Calcutta medical institutions reports 1892-1900
Year: 1892
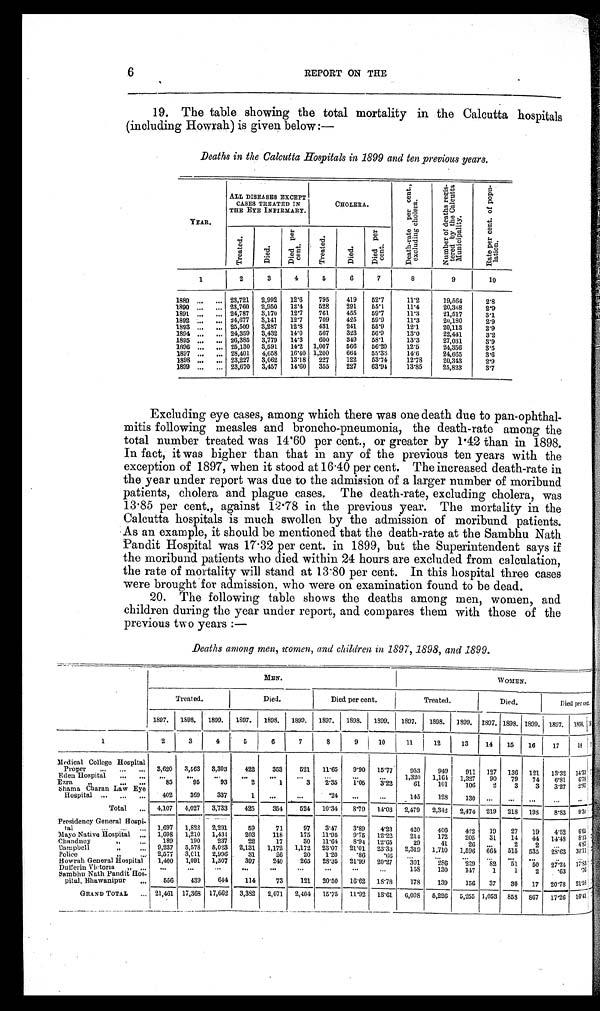
6
REPORT ON THE
19. The table showing the total mortality in the Calcutta hospitals
(including Howrah) is given below :—
Deaths in the Calcutta Hospitals in 1899 and ten previous years.
YEAR.
ALL DISEASES EXCEPT
CASES TREATED IN
THE EYE INFIRMARY.
CHOLERA.
D e a t h - r a t e p e r c e n t . , e x c l u d i n g c h o l e r a .
N u m b e r o f d e a t h s r e g i s t e r e d b y t h e C a l c u t t a M u n i c i p p a l i t y .
R a t e p e r c e n t . o f p o p u l a t i o n .
Tr eat ed.
Died.
D i e d p e r c e n t .
Treat ed.
Died.
Di e d p e r c e n t .
1
2
3
4
5
6
7
8
9
10
1889
. . .
. . . 23,721
2,992
12.6
795
419
5 2 . 7
11.2
19,564
2.8
1890
. . .
. . . 23,760 2,950
12.4
528
291
55.1
11.4
20,368
2.9
1891 ... ... 24,787
3,170
12.7
761
455
59.7
11.3
21,517
3.1
1892 ...
... 24,677 3,141
12.7
709
425
59.9
11.3
20,180
2.9
1893 ...
... 25,509 3,287
12.8
431
241
55.9
12.1
20,113
2.9
1894 ...
... 24,359 3,432
14.0
567
323
56.9
13.0
22,441
3.2
1895 ...
... 26,385 3,779
14.3
600
349
58.1
13.3
27,031
3.9
1896 ...
... 25,130 3,591
14.2 1,007
566
56.20
12.5
24,356
3.5
1897
. . . ... 28,401
4,658
16.40 1,200
664
55.33
14.6
24,665
3.6
1898 ...
... 23,227
3,062
13.18
227
122
53.74
12.78
20,343
2.9
1899 ...
. . . 23,670 3,457
14.60
355
227
63.94
13.85
25,823
3.7
Excluding eye cases, among which there was one death due to pan-ophthal-
mitis following measles and broncho-pneumonia, the death-rate among the
total number treated was 14.60 per cent., or greater by P42 than in 1898.
In fact, it was higher than that in any of the previous ten years with the
exception of 1897, when it stood at 16.40 per cent. The increased death-rate in
the year under report was due to the admission of a larger number of moribund
patients, cholera and plague cases. The death-rate, excluding cholera, was
13.85 per cent., against 12.78 in the previous year. The mortality in the
Calcutta hospitals is much swollen by the admission of moribund patients.
As an example, it should be mentioned that the death-rate at the Sambhu Nath
Pandit Hospital was 17.32 per cent. in 1899, but the Superintendent says if
the moribund patients who died within 24 hours are excluded from calculation,
the rate of mortality will stand at 13.80 per cent. In this hospital three cases
were brought for admission, who were on examination found to be dead.
20.
The following table shows the deaths among men, women, and
children during the year under report, and compares them with those of the
previous two years :—
Deaths among men, women, and children in 1897, 1898, and 1899.
MEN.
WamErr.
WOMEN.
Treated.
D i e d .
Died per cent. Treated.
Died.
Died per cent.
1 8 9 7 .
1 8 9 8 .1899.
1 8 9 7 .
1898.
1899.
1 8 9 7 .
1 8 9 8 .
1 8 9 9 .
1897. 1898. 1899.
1 8 9 7 .1898.1899.1897.
1 8 9 8 .
1
2
3 4
5
6 7
8
9
1 0
11
12
13
1 4
15
16 17
1 8
M e d i c a l C o l l e g e H o s p i t a l
3 , 6 2 0
3 , 5 6 3
3,303
4 2 2
3 5 3
521
1 1 . 6 5
9 . 9 0
1 5 . 7 7
953
949
911
1 2 7
136 121 13.32
1 4 . 3 3
P r o p e r...
. . .
...
E d e n H o s p i t a l
. . .
...
. . .
. . .
...
. . .
. . .
...
. . .
. . .
. . .
1,320 1,164 1,327
9 0
79
74 6,81
6 , 7 8
E z r a
...
. . .
...
8 5
9 5
93
2
1 3
2 . 3 5
1 . 0 5
3 . 2 2
61
101
106
2 3
3
3.27
2 . 9 7
S h a m a C h a r a n L a w E y e
4 0 2
3 6 9
337
1
. . .
...
. 2 4
. . .
. . .
145
128
130
. . .
...
...
...
. . .
H o s p i t a l
...
. . .
...
T o t a l
...
4 , 1 0 7
4 , 0 2 7
3,733
4 2 5
3 5 4
524
1 0 . 3 4
8 . 7 9
1 4 . 0 3
2,479 2,342 2,474
2 1 9
218 198 8.83
9 . 3 0
P r e s i d e n c y G e n e r a l H o s p i t a l
1 , 6 9 7
1 , 8 2 2
2,291
5 9
7 1
97
3 . 4 7
3 . 8 0
4 . 2 3
420
406
422
1 9
27
19 4.52
6 . 6 5
...
. . .
...
M a y o N a t i v e H o s p i t a l
...
1 , 6 9 8
1 , 2 1 0
1,430
2 0 3
1 1 8
175
1 1 . 9 5
9 . 7 5
1 2 . 2 2
214
172
205
3 1
14
44 14.48
8 . 1 3
C h u n d n e y
, ,
...
1 8 9
1 9 0
237
2 2
1 7
30
1 1 . 6 4
8 . 9 4
1 2 . 6 5
29
41
26
. . .
2
2
...
4 . 8 7
C a m p b e l l
, ,
...
9 , 2 3 7
5 , 5 7 8
5,023
2 , 1 3 1
1 , 1 7 2
1,172
2 3 . 0 7
2 1 . 0 1
2 3 . 3 3
2,319 1,710 1,596
6 6 4
515 535 28.63
3 0 . 1 1
P o l i c e
, ,
...
2 , 5 7 7
3 , 0 1 1
2,996
3 1
2 6
20
1 . 2 0
. 8 6
. 6 6
...
...
...
. . .
...
...
..
. . .
H o w r a h G e n e r a l H o s p i t a l
1 , 4 0 0
1 , 0 9 1
1,307
3 9 7
2 4 0
265
2 8 . 3 5
2 1 . 9 9
2 0 . 2 7
301
286
229
8 2
51
50 27.24
1 7 . 8 3
D u f f e r i n V i c t o r i a , ,
...
. . .
. . .
...
. . .
. . .
...
. . .
. . .
. . .
158
130
147
1 1
2
.63
. 7 6
S a m b h u N a t h P a n d i t H o s p i t a l , B h w a n i p u r . . .
5 5 6
4 3 9
644
1 1 4
7 3
121
2 0 . 5 0
1 6 . 5 2
1 8 . 7 8
178
139
156
3 7
30
17 20.78
2 1 . 5 8
P i t a l , B h a w a n i p u r
...
G R A N D T O T A L
...
2 1 , 4 6 1
1 7 , 3 6 8
17,662
3 , 3 8 2
2 , 4 0 4
15.75
1 1 . 9 2
1 3 . 6 1
6 , 0 9 8
5,226 5,255 1,053
8 5 8
867 17.2616.41